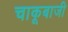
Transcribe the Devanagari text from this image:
चाकूबाजी